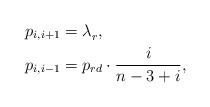
LaTeX: \begin{align*}& p_{i,i+1}=\lambda_r^{}, \\& p_{i,i-1}=p_{rd} \cdot \frac{i}{n-3+i}, \end{align*}